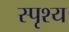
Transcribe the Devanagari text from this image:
स्पृश्‍य